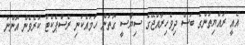
އެއީ ރައްޔިތުންގެ ބަސް ދިވެހިރާއްޖޭގެ ސިޔާސީ ގޮތުން ހަމައެކަނި ރެސްޕެކްޓް ކުރެވެން އޮންނަ